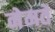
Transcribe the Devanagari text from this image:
नेमतें